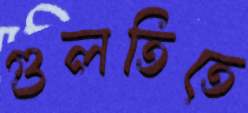
গুলতিতে